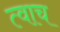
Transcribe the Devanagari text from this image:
त्वाच